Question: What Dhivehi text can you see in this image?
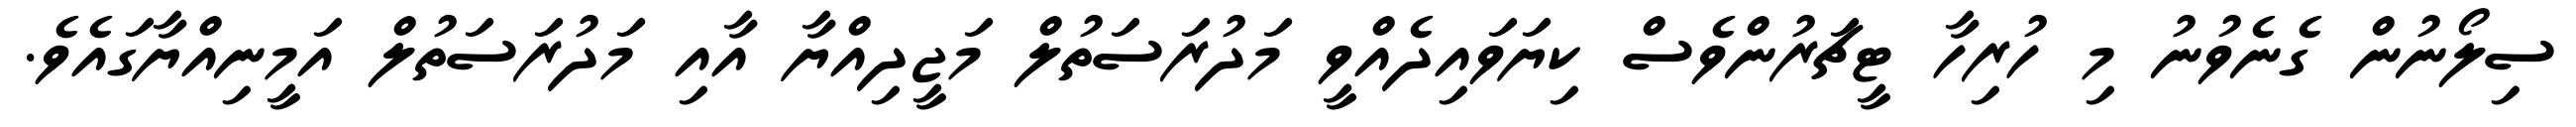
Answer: ސިލޯނުން ގެނެވުނު މި ހުރިހާ ޓީޗަރުންވެސް ކިޔަވައިދެއްވީ މަދުރަސަތުލް މަޖީދިއްޔާ އާއި މަދުރަސަތުލް އަމީނިއްޔާގައެވެ.